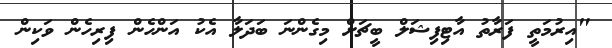
"އިރުމަތީ ފަރާތު އާޓިފިޝަލް ބީޗަށް މިގެންނަ ބަދަލާ އެކު އަންހެން ފިރިހެން ވަކިން